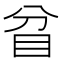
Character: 𥄟